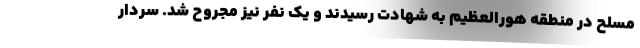
مسلح در منطقه هورالعظیم به شهادت رسیدند و یک نفر نیز مجروح شد. سردار